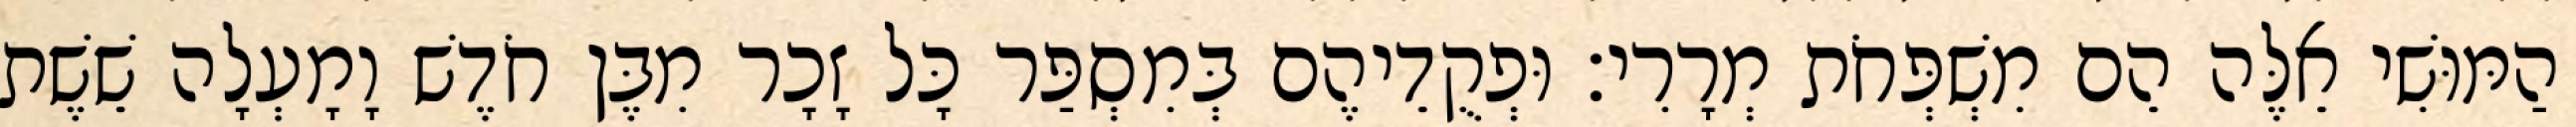
הַמּוּשִׁי אֵלֶּה הֵם מִשְׁפְּחֹת מְרָרִי׃ וּפְקֻדֵיהֶם בְּמִסְפַּר כָּל זָכָר מִבֶּן חֹדֶשׁ וָמָעְלָה שֵׁשֶׁת